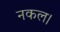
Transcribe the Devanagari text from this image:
नकल।